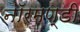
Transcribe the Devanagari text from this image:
नॉरमण्डी